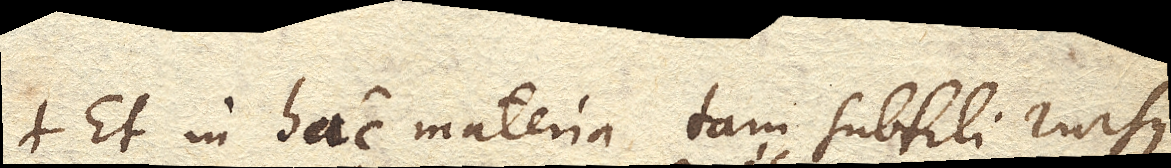
Et in hac materia tam subtili rursus